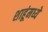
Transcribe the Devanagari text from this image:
शाहूंमध्ये